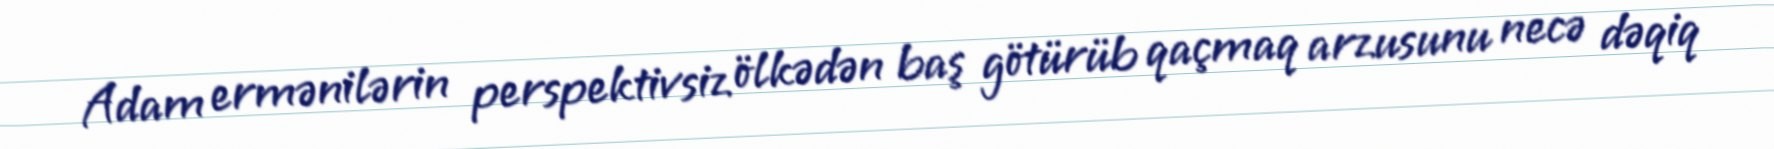
Adam ermənilərin perspektivsiz ölkədən baş götürüb qaçmaq arzusunu necə dəqiq